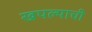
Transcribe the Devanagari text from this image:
खपल्याची